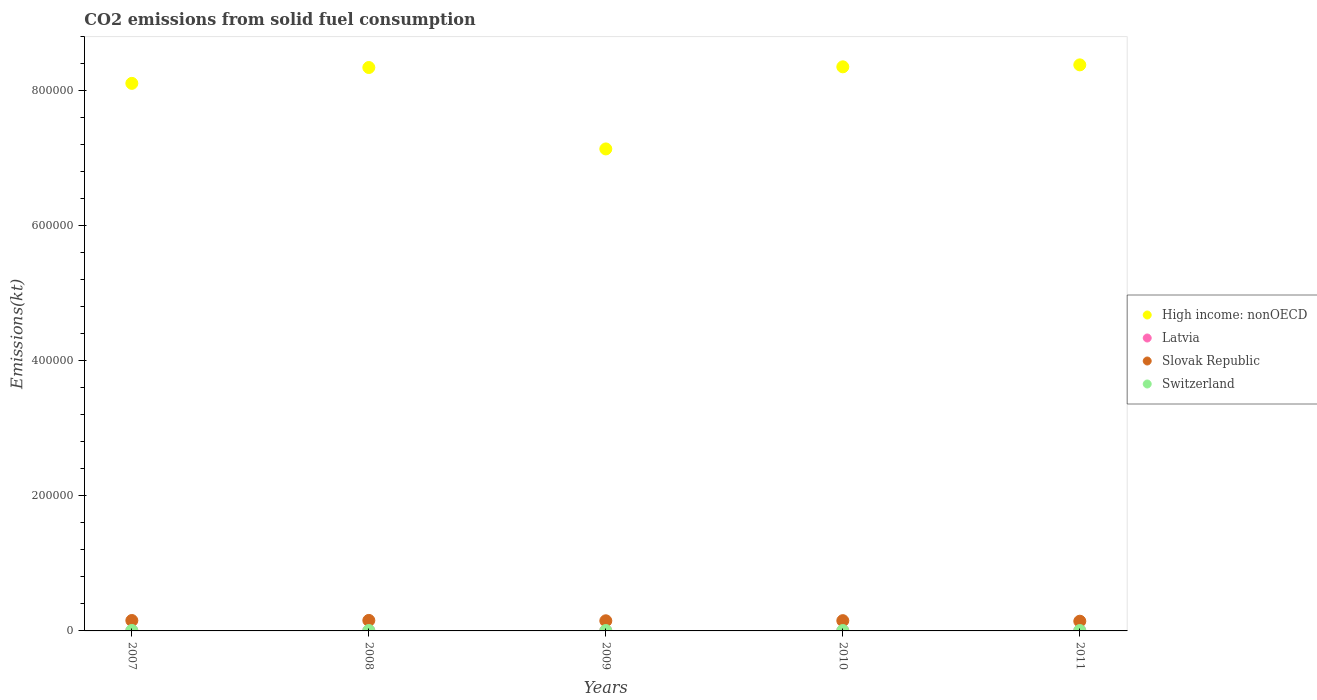
| Years | High income: nonOECD | Latvia | Slovak Republic | Switzerland |
 | --- | --- | --- | --- | --- |
 | 2007 | 8.11e+05 | 407 | 1.54e+04 | 678 |
 | 2008 | 8.35e+05 | 403 | 1.56e+04 | 627 |
 | 2009 | 7.14e+05 | 323 | 1.5e+04 | 579 |
 | 2010 | 8.36e+05 | 414 | 1.52e+04 | 594 |
 | 2011 | 8.38e+05 | 455 | 1.44e+04 | 557 |